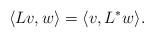
LaTeX: \begin{align*}\langle Lv,w\rangle=\langle v,L^*w\rangle.\end{align*}